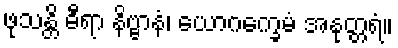
ဖုသန္တိ ဓီရာ နိဗ္ဗာနံ၊ ယောဂက္ခေမံ အနုတ္တရံ။